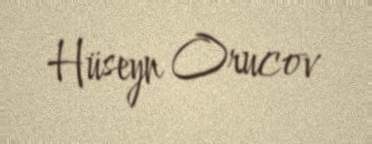
Hüseyn Orucov